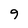
Character: 9